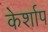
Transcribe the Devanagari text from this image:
केर्शाप